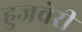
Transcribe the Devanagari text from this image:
हुजवेरी